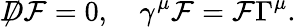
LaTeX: {\not D}{\cal F}=0,~~~~\gamma^{\mu}{\cal F}={\cal F}\Gamma^{\mu}.